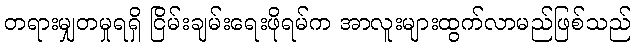
တရားမျှတမှုရရှိ ငြိမ်းချမ်းရေးဖိုရမ်က အာလူးများထွက်လာမည်ဖြစ်သည်